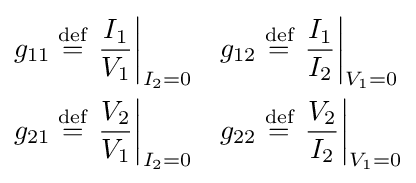
{\begin{aligned}g_{11}&\mathrel {\stackrel {\text{def}}{=}} \left.{\frac {I_{1}}{V_{1}}}\right|_{I_{2}=0}&g_{12}&\mathrel {\stackrel {\text{def}}{=}} \left.{\frac {I_{1}}{I_{2}}}\right|_{V_{1}=0}\\g_{21}&\mathrel {\stackrel {\text{def}}{=}} \left.{\frac {V_{2}}{V_{1}}}\right|_{I_{2}=0}&g_{22}&\mathrel {\stackrel {\text{def}}{=}} \left.{\frac {V_{2}}{I_{2}}}\right|_{V_{1}=0}\end{aligned}}